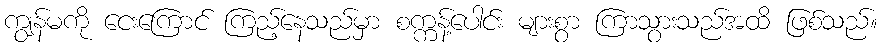
ကျွန်မကို ငေးကြောင် ကြည့်နေသည်မှာ စက္ကန့်ပေါင်း များစွာ ကြာသွားသည်အထိ ဖြစ်သည်။